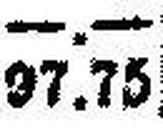
97.75